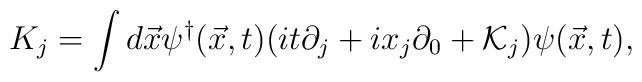
K_{j} = \int d\vec{x} \psi^{\dag}(\vec{x},t) (i t \partial_{j} + i x_{j} \partial_{0}                      + {\cal K}_{j} ) \psi(\vec{x},t),